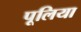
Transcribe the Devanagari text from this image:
पूलिया